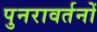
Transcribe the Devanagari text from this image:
पुनरावर्तनों